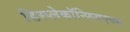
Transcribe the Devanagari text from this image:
डिस्प्लेकॉन्फिगएक्स